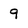
Character: 9